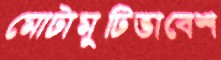
মোটামুটিভাবেশ